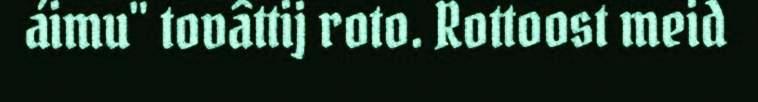
áimu" tovâttij roto. Rottoost meid